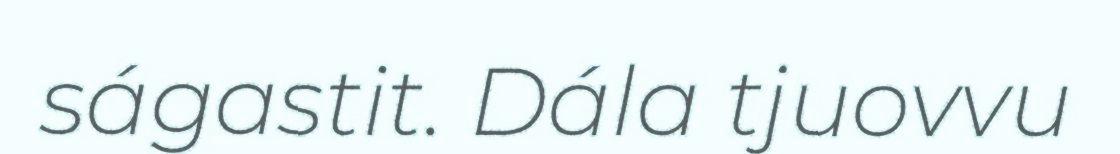
ságastit. Dála tjuovvu